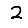
Digit: 2